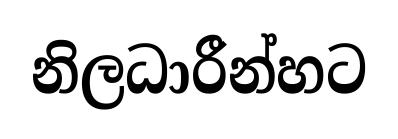
නිලධාරීන්හට